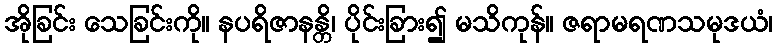
အိုခြင်း သေခြင်းကို။ နပရိဇာနန္တိ၊ ပိုင်းခြား၍ မသိကုန်။ ဇရာမရဏသမုဒယံ၊